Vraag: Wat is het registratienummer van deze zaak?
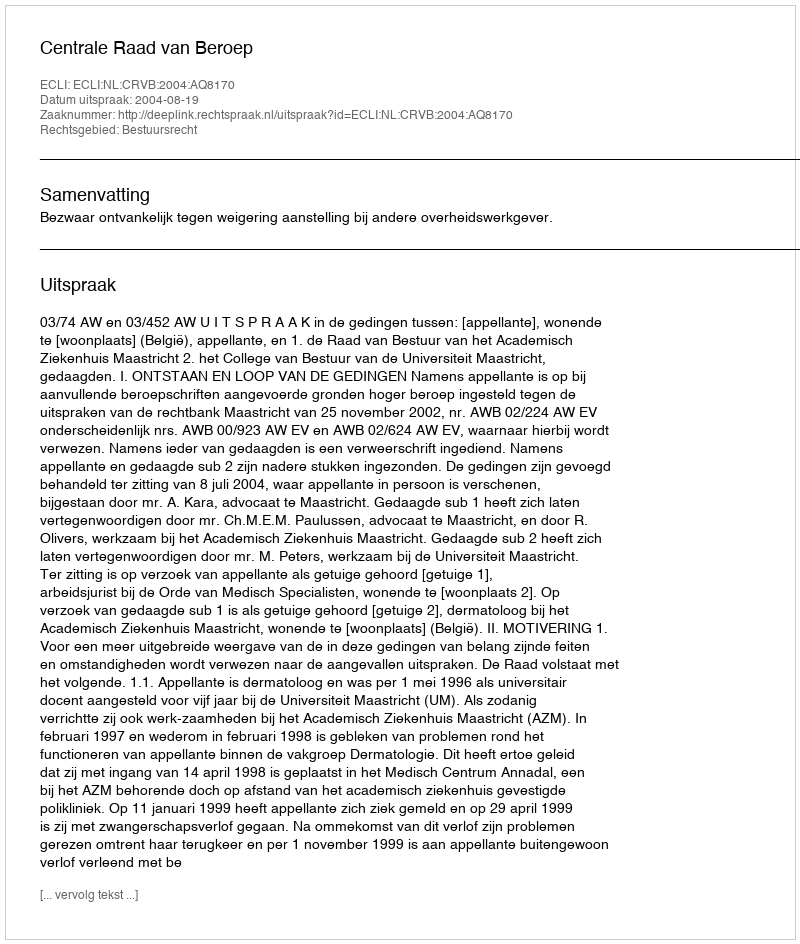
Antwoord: http://deeplink.rechtspraak.nl/uitspraak?id=ECLI:NL:CRVB:2004:AQ8170